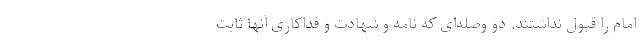
امام را قبول نداشتند. دو وصله‌ای که نامه و شهادت و فداکاری آنها ثابت